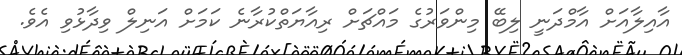
އާއިލާއަށް އާމްދަނީ ލިބޭ މިންވަރުގެ މައްޗަށް ރިއާޔަތްކުރާނެ ކަމަށް އަނިލް ވިދާޅުވި އެވެ.